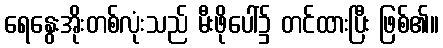
ရေနွေးအိုးတစ်လုံးသည် မီးဖိုပေါ်၌ တင်ထားပြီး ဖြစ်၏။